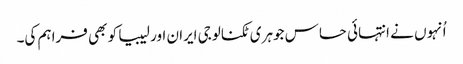
اُنہوں نے انتہائی حساس جوہری ٹکنالوجی ایران اور لیبیا کو بھی فراہم کی۔